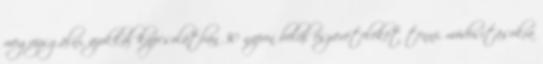
megvizsgálni, azokkal kapcsolatban 30 napon belül észrevételeket tenni, módosításokra